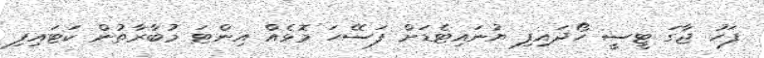
ފަހު ޖާގަ ޓީސީ ހޯދައިފި ޔުނައިޓެޑަށް ފަސޭހަ މޮޅެއް އިންޓަ މުބާރާތުން ކަޓައިފި